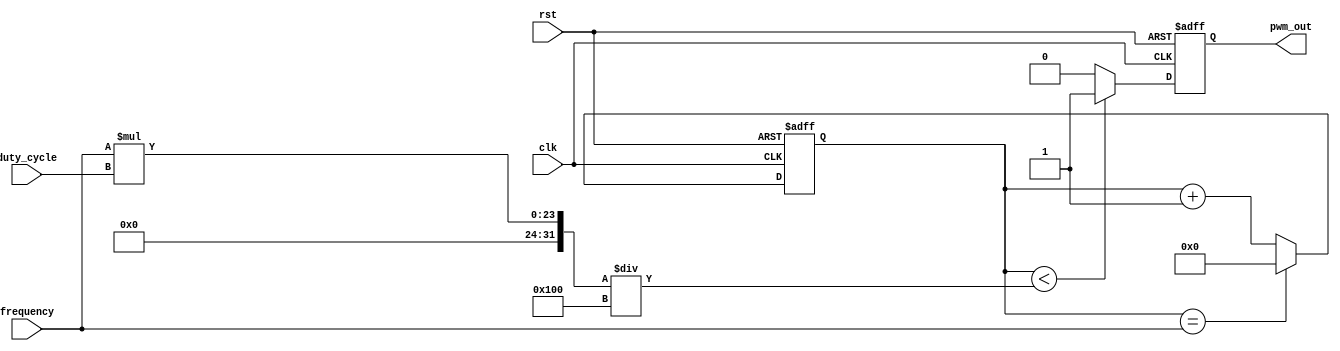
module pwm_timer(
    input wire clk,
    input wire rst,
    input wire [7:0] duty_cycle,
    input wire [15:0] frequency,
    output reg pwm_out
);

reg [15:0] counter;
reg pwm_signal;

always @ (posedge clk or posedge rst) begin
    if(rst) begin
        counter <= 16'b0;
        pwm_signal <= 1'b0;
    end else begin
        if(counter == frequency) begin
            counter <= 16'b0;
            pwm_signal <= ~pwm_signal;
        end else begin
            counter <= counter + 1;
        end
    end
end

always @ (posedge clk or posedge rst) begin
    if(rst) begin
        pwm_out <= 1'b0;
    end else begin
        if(counter < (frequency * duty_cycle / 256)) begin
            pwm_out <= 1'b1;
        end else begin
            pwm_out <= 1'b0;
        end
    end
end

endmodule